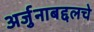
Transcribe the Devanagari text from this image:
अर्जुनाबद्दलचे